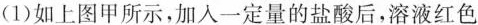
(1)如上图甲所示，加入一定量的盐酸后，溶液红色